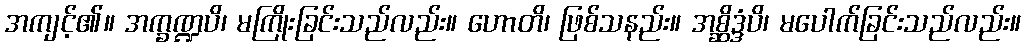
အကျင့်၏။ အက္ခဏ္ဍပိ၊ မကြိုးခြင်းသည်လည်း။ ဟောတိ၊ ဖြစ်သနည်း။ အစ္ဆိဒ္ဒံပိ၊ မပေါက်ခြင်းသည်လည်း။